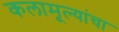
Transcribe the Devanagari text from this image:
कलामूल्यांचा